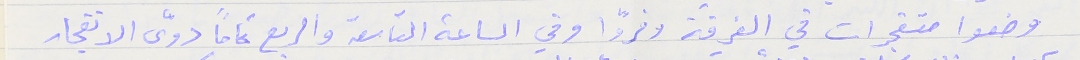
وضعوا متفجرات في الغرفة وفروّا وفي الساعة التاسعة والربع تماماً دوّى الانفجار